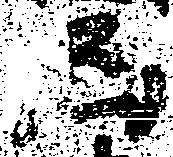
凶